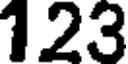
123